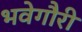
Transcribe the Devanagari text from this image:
भवेगौरी